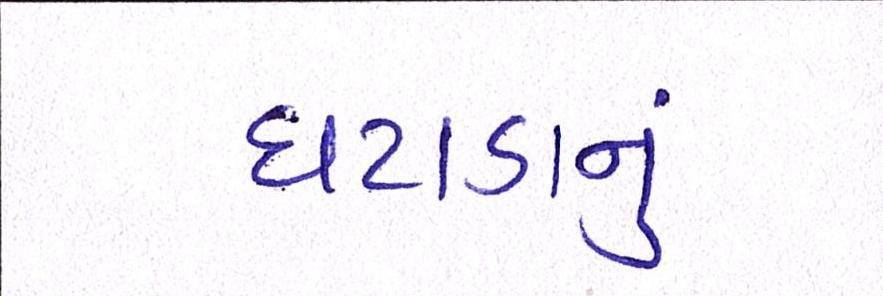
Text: ઘટાડાનું